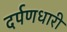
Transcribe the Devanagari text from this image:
दर्पणधारी